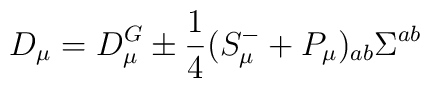
D_\mu = D_\mu^G \pm \frac14 (S_\mu^-+P_\mu)_{ab} \Sigma^{ab}